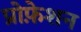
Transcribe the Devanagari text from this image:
प्रोफ़ेशन